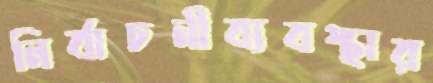
নির্বাচনীব্যবস্থার